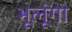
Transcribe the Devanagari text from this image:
भूलूंगा